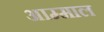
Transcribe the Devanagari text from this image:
आम्माल